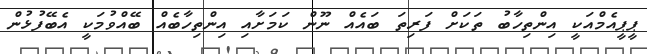
ޕީޕީއެމްއަކީ އިންތިހާބު ތަކަށް ފަރިތަ ބައެއް ނޫން ކަމަށާއި އިންތިހާބެއް ބޭއްވުމަކީ އެބޭފުޅުން